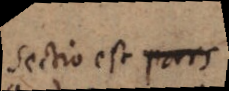
Sectio est pars